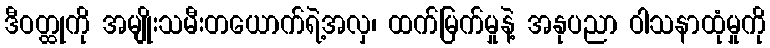
ဒီဝတ္ထုကို အမျိုးသမီးတယောက်ရဲ့အလှ၊ ထက်မြက်မှုနဲ့ အနုပညာ ဝါသနာထုံမှုကို